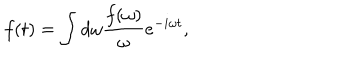
f ( t ) = \int { d \omega { \frac { f ( \omega ) } { \omega } } e ^ { - i \omega t } } ,